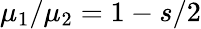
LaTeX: \mu_{1}/\mu_{2}=1-s/2